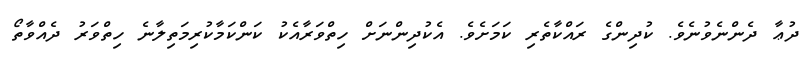
ދުޢާ ދެންނެވުނެވެ. ކުދިންގެ ރައްކާތެރި ކަމަށެވެ. އެކުދިންނަށް ހިތްވަރާއެކު ކަންކަމާކުރިމަތިލާނެ ހިތްވަރު ދެއްވާތޯ